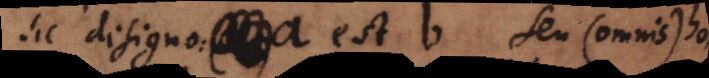
sic designo: a est b seu (omnis) homo